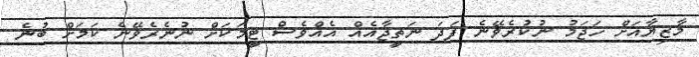
މާޒިޔާއަށް ހަޖަމު ނުކުރެވޭނެ ފަދަ ނަތީޖާއެއް އެއްވެސް ޓީމަކަށް ނުނެރެވޭނެ ކަމަށް ބުނެ